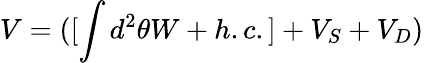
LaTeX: V=([\int d^{2}\theta W+h.c.]+V_{S}+V_{D})